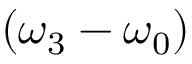
( \omega _ { 3 } - \omega _ { 0 } )